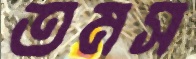
তমস